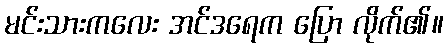
မင်းသားကလေး အင်ဒရေက ပြော လိုက်၏။